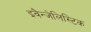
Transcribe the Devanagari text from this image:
इवैन्जेलिस्टिक